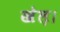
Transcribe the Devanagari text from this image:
खेल़।